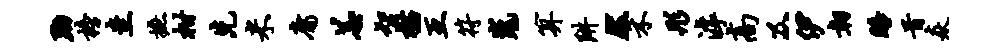
黝榜圭摭柑先米庸恙智描互符嵬算阱然禾彤滹高及伊韧睡首焱